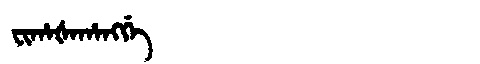
Manchu: ᠸᡳᡥᠠᡧᠠᡥᠠᠩᡤᡝ
Romanization: FIHAŠAHANGGE